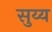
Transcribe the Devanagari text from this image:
सुय्य